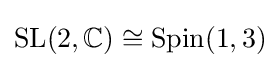
{\text{SL}}(2,\mathbb {C} )\cong {\text{Spin}}(1,3)